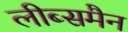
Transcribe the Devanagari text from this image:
लीब्समैन